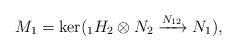
LaTeX: \begin{align*}M_1 = \ker ({_1H_2\otimes N_2} \xrightarrow{N_{12}} N_1),\end{align*}